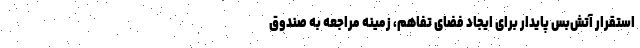
استقرار آتش‌بس پایدار برای ایجاد فضای تفاهم، زمینه مراجعه به صندوق